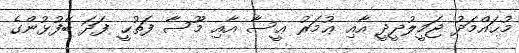
މުޙައްމަދު ޖަމީލުދީދީ އާއި ޢުމަރު ޢީސާ އާއި މޫސާ ފަތުޙީ ފަދަ ބޭފުޅުންގެ